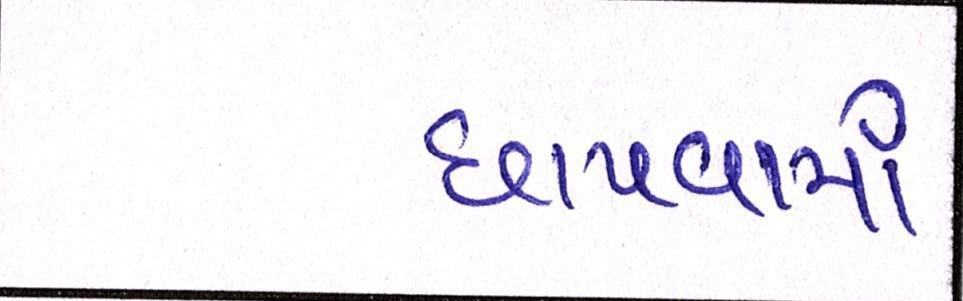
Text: છાપવામાં